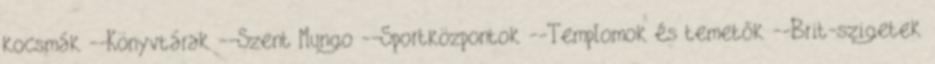
kocsmák --Könyvtárak --Szent Mungo --Sportközpontok --Templomok és temetők --Brit-szigetek